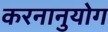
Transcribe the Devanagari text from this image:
करनानुयोग